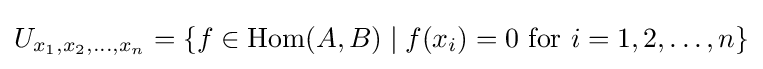
U_{x_{1},x_{2},\ldots ,x_{n}}=\{f\in \operatorname {Hom} (A,B)\mid f(x_{i})=0{\mbox{ for }}i=1,2,\ldots ,n\}